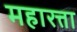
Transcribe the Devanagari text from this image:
महारत्ता